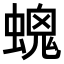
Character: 𧏩